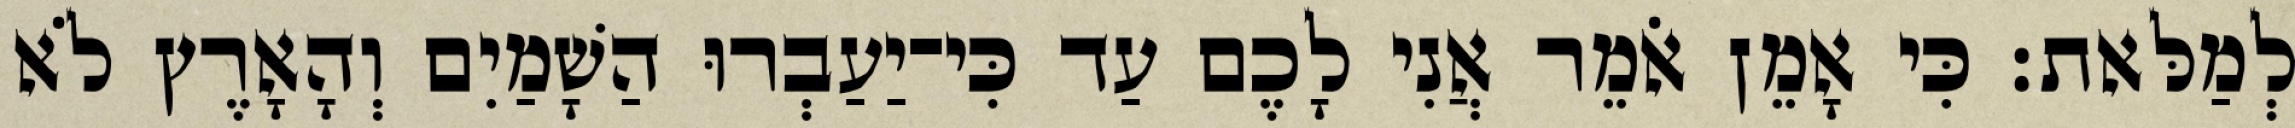
לְמַלּאת׃ כִּי אָמֵן אֹמֵר אֲנִי לָכֶם עַד כִּי־יַעַבְרוּ הַשָׁמַיִם וְהָאָרֶץ לֹא